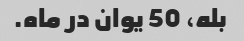
بله، 50 یوان در ماه.